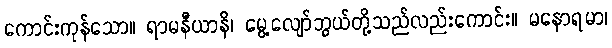
ကောင်းကုန်သော။ ရာမနီယာနိ၊ မွေ့လျော်ဘွယ်တို့သည်လည်းကောင်း။ မနောရမာ၊